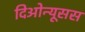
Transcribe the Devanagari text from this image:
दिओन्यूसस